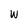
Character: w